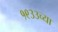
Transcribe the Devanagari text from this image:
१९३३च्या